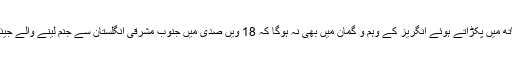
1947 میں برصغیر کی باگ ڈور پاکستان اور بھارت کے ہاتھ میں پکڑاتے ہوئے انگریز کے وہم و گمان میں بھی نہ ہوگا کہ 18 ویں صدی میں جنوب مشرقی انگلستان سے جنم لینے والے جینٹلمینز گیم ’کرکٹ‘ میں اصل رنگ ان دو ملکوں نے بھرنا تھا۔